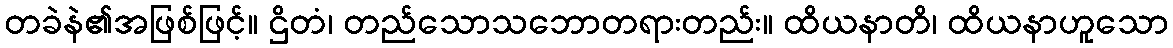
တခဲနဲ၏အဖြစ်ဖြင့်။ ဌိတံ၊ တည်သောသဘောတရားတည်း။ ထိယနာတိ၊ ထိယနာဟူသော